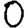
Digit: 0